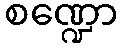
စဏ္ဍော